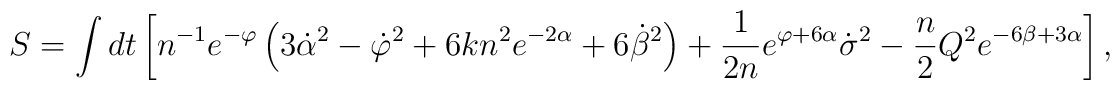
S=\int dt \left[ n^{-1}e^{-\varphi} \left( 3\dot{\alpha}^2 -\dot{\varphi}^2 +6k n^2 e^{-2\alpha} +6\dot{\beta}^2 \right) +\frac{1}{2n}e^{\varphi+ 6\alpha} \dot{\sigma}^2 -\frac{n}{2} Q^2 e^{-6\beta +3\alpha} \right] ,